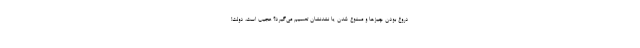
دروغ ‌بودن چیزها و ممنوع شدن یا نشدنشان تصمیم می‌گیرد؟ عجیب است، دولت!